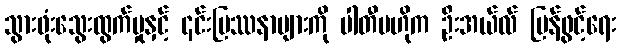
သွားဖုံးသွေးထွက်မှုနှင့် ၎င်းပြဿနာများကို ပါတီဗဟိုက ဦးအယ်လ် ပြန်ဖွင့်ရေး